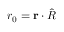
r _ { 0 } = { \bf { r } } \cdot { \hat { R } }